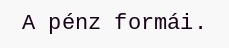
A pénz formái.